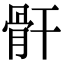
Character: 骭